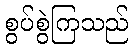
စွပ်စွဲကြသည်